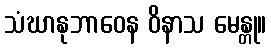
သံဃာနုဘာဝေန ဝိနာသ မေန္တု။